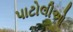
પાટોલીઓ